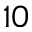
1 0